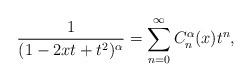
LaTeX: \begin{align*} \frac{1}{(1-2xt+t^{2})^{\alpha}}=\sum_{n=0}^{\infty}C_n^{\alpha}(x) t^{n},\end{align*}